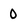
Character: 0